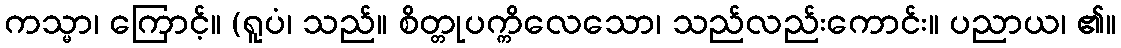
ကသ္မာ၊ ကြောင့်။ (ရူပံ၊ သည်။ စိတ္တုပက္ကိလေသော၊ သည်လည်းကောင်း။ ပညာယ၊ ၏။